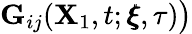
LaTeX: \mathbf{G}_{ij}(\mathbf{X}_{1},t;\pmb{\xi},\tau)\big)